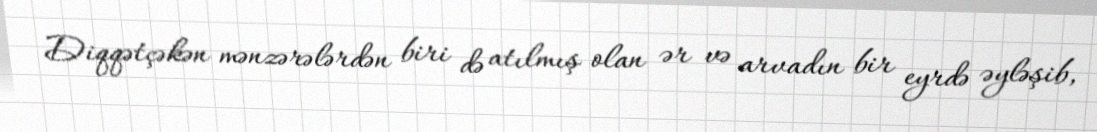
Diqqətçəkən mənzərələrdən biri də atılmış olan ər və arvadın bir eyrdə əyləşib,